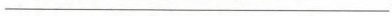
___